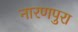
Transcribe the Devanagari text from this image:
नारणपुरा